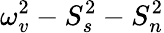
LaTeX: \omega_{v}^{2}-S_{s}^{2}-S_{n}^{2}